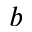
^ b